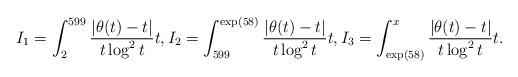
LaTeX: \begin{align*} I_1=\int_2^{599}\frac{|\theta(t) - t|}{t\log^2t}t, I_2=\int_{599}^{\exp(58)}\frac{|\theta(t) - t|}{t\log^2t}t, I_3=\int_{\exp(58)}^x\frac{|\theta(t) - t|}{t\log^2t}t.\end{align*}